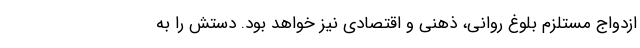
ازدواج مستلزم بلوغ روانی، ذهنی و اقتصادی نیز خواهد بود. دستش را به